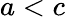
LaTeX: a<c